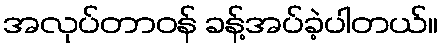
အလုပ်တာဝန် ခန့်အပ်ခဲ့ပါတယ်။